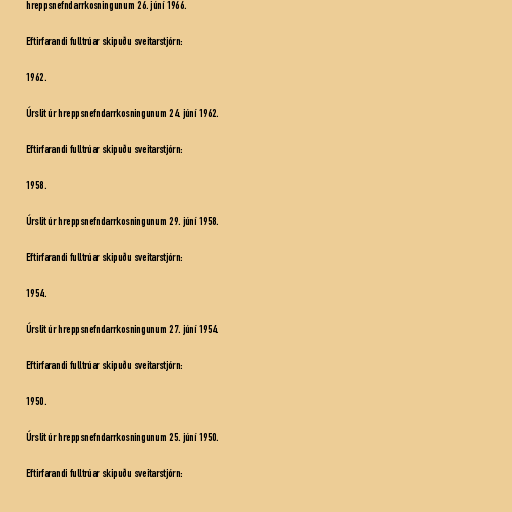
hreppsnefndarrkosningunum 26. júní 1966.

Eftirfarandi fulltrúar skipuðu sveitarstjórn:

1962.

Úrslit úr hreppsnefndarrkosningunum 24. júní 1962.

Eftirfarandi fulltrúar skipuðu sveitarstjórn:

1958.

Úrslit úr hreppsnefndarrkosningunum 29. júní 1958.

Eftirfarandi fulltrúar skipuðu sveitarstjórn:

1954.

Úrslit úr hreppsnefndarrkosningunum 27. júní 1954.

Eftirfarandi fulltrúar skipuðu sveitarstjórn:

1950.

Úrslit úr hreppsnefndarrkosningunum 25. júní 1950.

Eftirfarandi fulltrúar skipuðu sveitarstjórn: